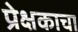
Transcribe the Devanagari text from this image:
प्रेक्षकाचा